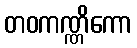
တဝကဏ္ဏိကော